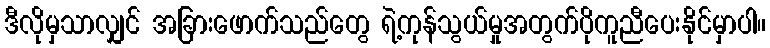
ဒီလိုမှသာလျှင် အခြားဖောက်သည်တွေ ရဲ့ကုန်သွယ်မှုအတွက်ပိုကူညီပေးနိုင်မှာပါ။